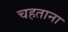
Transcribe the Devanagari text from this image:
चहताना